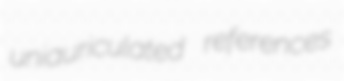
uniauriculated references